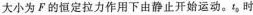
大小为F的恒定拉力作用下由静止开始运动。t_{0}时